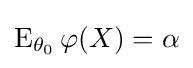
\operatorname {E} _{\theta _{0}}\varphi (X)=\alpha